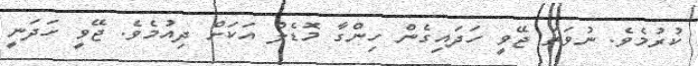
ކުރުމެވެ. ނުވަތަ ޖޭވީ ހަދައިގެން ހިންގާ މޮޑެލް އަކަށް ދިއުމެވެ. ޖޭވީ ހަދަނީ